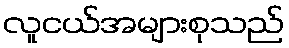
လူငယ်အများစုသည်